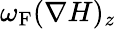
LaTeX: \omega_{\mathrm{{F}}}(\nabla H)_{z}